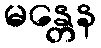
မန္တေန